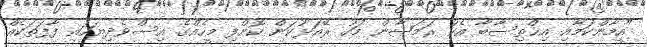
"އީމާންކަމާއި އިޙްތިސާބާ އެކު ރަމަޟާން މަހު ރޭއަޅުކަން ކޮށްފި މީހެއްގެ އިސްވެދިޔަހައި ފާފަތަކެއް